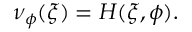
\begin{array} { r } { \nu _ { \phi } ( \xi ) = H ( \xi , \phi ) . } \end{array}